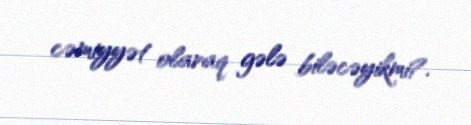
cəmiyyət olaraq gələ biləcəyikmi?.